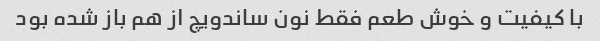
با کیفیت و خوش طعم فقط نون ساندویچ از هم باز شده بود